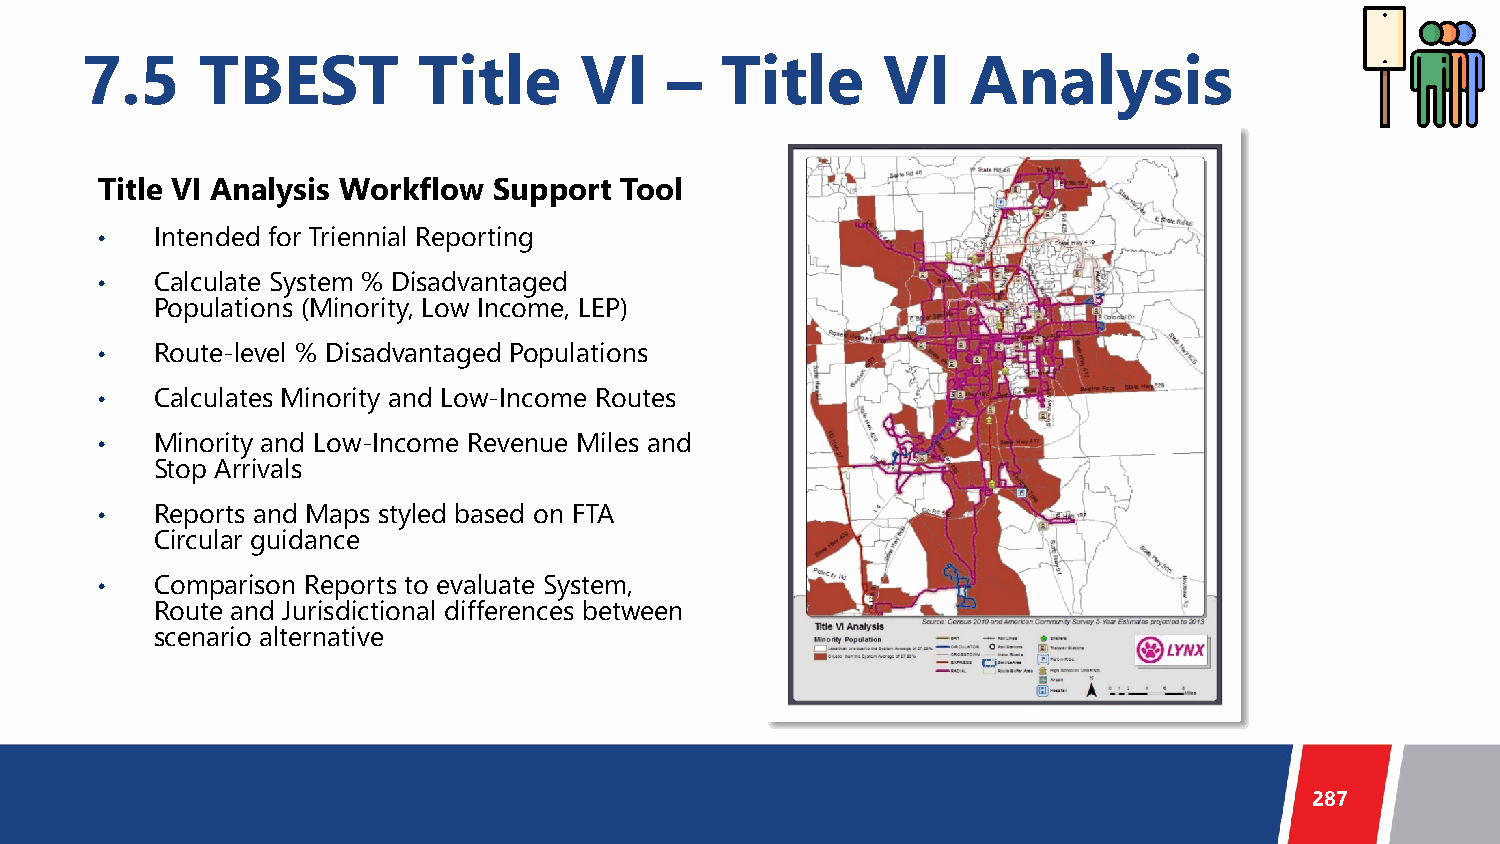
7.5     TBEST          Title     VI    –   Title     VI    Analysis
 Title VI Analysis Workflow Support Tool
 •   Intended for Triennial Reporting
 •   Calculate System % Disadvantaged
 Populations (Minority, Low Income, LEP)
 •   Route-level % Disadvantaged Populations
 •   Calculates Minority and Low-Income Routes
 •   Minority and Low-Income Revenue Miles and
 Stop Arrivals
 •   Reports and Maps styled based on FTA
 Circular guidance
 •   Comparison Reports to evaluate System,
 Route and Jurisdictional differences between
 scenario alternative
 287